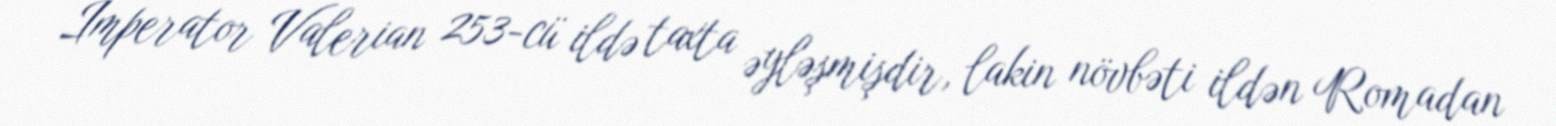
İmperator Valerian 253-cü ildə taxta əyləşmişdir, lakin növbəti ildən Romadan